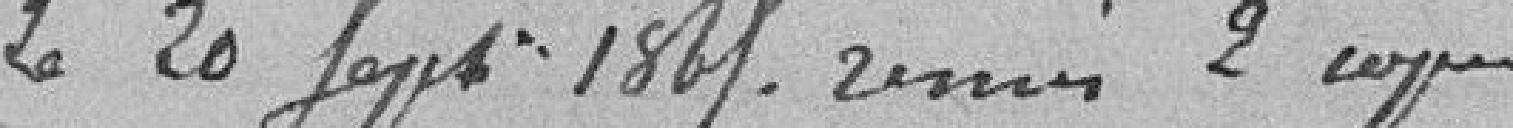
le 20 septembre 1865, remis 2 copies